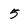
Character: 5